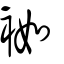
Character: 袽